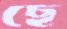
ছে